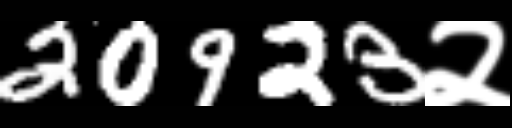
Text: 20923२